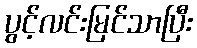
ပွင့်လင်းမြင်သာပြီး